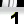
Digit: 1